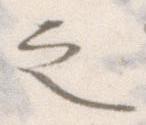
之